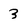
Character: 3